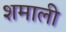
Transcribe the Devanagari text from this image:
शमाली